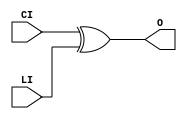
// $Header: /devl/xcs/repo/env/Databases/CAEInterfaces/verunilibs/data/unisims/XORCY.v,v 1.6 2007/05/23 21:43:44 patrickp Exp $
///////////////////////////////////////////////////////////////////////////////
// Copyright (c) 1995/2004 Xilinx, Inc.
// All Right Reserved.
///////////////////////////////////////////////////////////////////////////////
//   ____  ____
//  /   /\/   /
// /___/  \  /    Vendor : Xilinx
// \   \   \/     Version : 10.1
//  \   \         Description : Xilinx Functional Simulation Library Component
//  /   /                  XOR for Carry Logic with General Output
// /___/   /\     Filename : XORCY.v
// \   \  /  \    Timestamp : Thu Mar 25 16:43:42 PST 2004
//  \___\/\___\
//
// Revision:
//    03/23/04 - Initial version.
//    05/23/07 - Changed timescale to 1 ps / 1 ps.

`timescale  1 ps / 1 ps


`celldefine

module XORCY (O, CI, LI);


`ifdef XIL_TIMING

    parameter LOC = "UNPLACED";

`endif

    
    output O;

    input  CI, LI;

	xor X1 (O, CI, LI);

`ifdef XIL_TIMING

    specify
        
        (CI => O) = (0:0:0, 0:0:0);
        (LI => O) = (0:0:0, 0:0:0);
        specparam PATHPULSE$ = 0;
        
    endspecify

`endif
    
endmodule

`endcelldefine